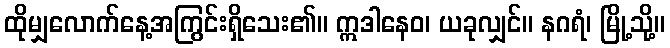
ထိုမျှလောက်နေ့အကြွင်းရှိသေး၏။ ဣဒါနေဝ၊ ယခုလျှင်။ နဂရံ၊ မြို့သို့။